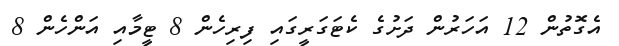
އެގޮތުން 12 އަހަރުން ދަށުގެ ކެޓަގަރީގައި ފިރިހެން 8 ޓީމާއި އަންހެން 8